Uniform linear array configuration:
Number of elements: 64
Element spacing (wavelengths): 0.25
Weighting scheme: hann
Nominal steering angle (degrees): -15
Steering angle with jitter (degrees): -14.024
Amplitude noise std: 0.05
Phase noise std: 0.05

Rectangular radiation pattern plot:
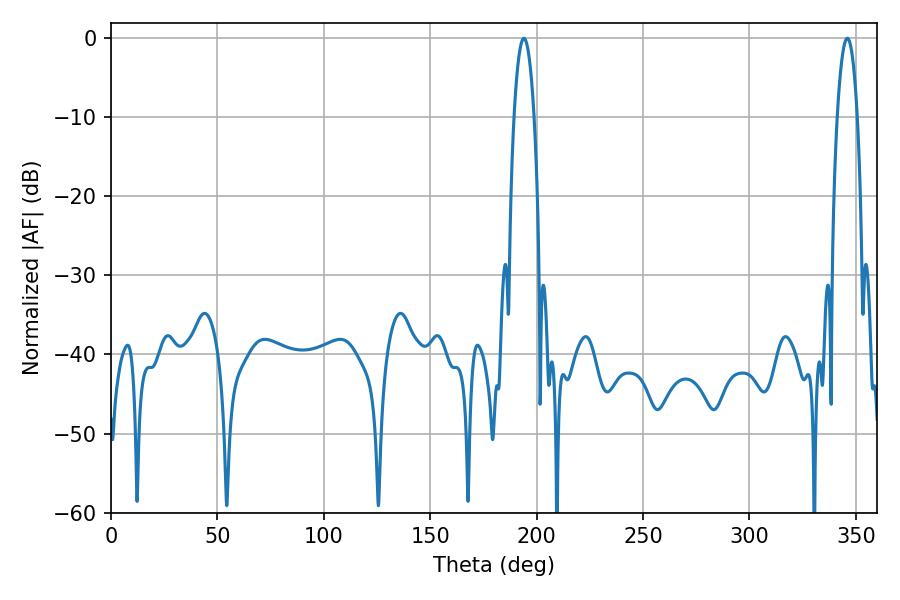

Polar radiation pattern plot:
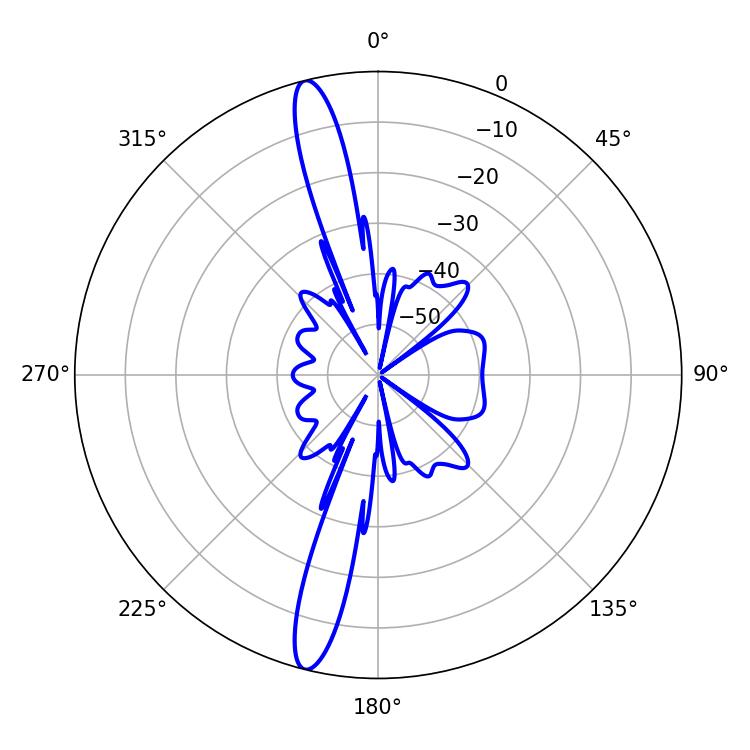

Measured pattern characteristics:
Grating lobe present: FALSE
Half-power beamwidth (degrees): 5.22
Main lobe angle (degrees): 194.04